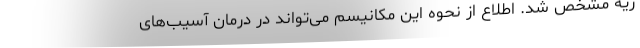
ریه مشخص شد. اطلاع از نحوه این مکانیسم می‌تواند در درمان‌ آسیب‌های